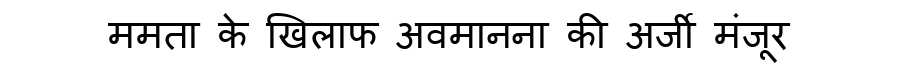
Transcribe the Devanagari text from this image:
ममता के खिलाफ अवमानना की अर्जी मंजूर